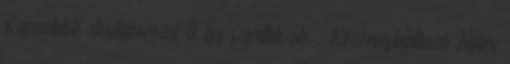
Kapcsolatok előadássorozat 0 Így szerettek ők – Közönségtalálkozó Nyáry